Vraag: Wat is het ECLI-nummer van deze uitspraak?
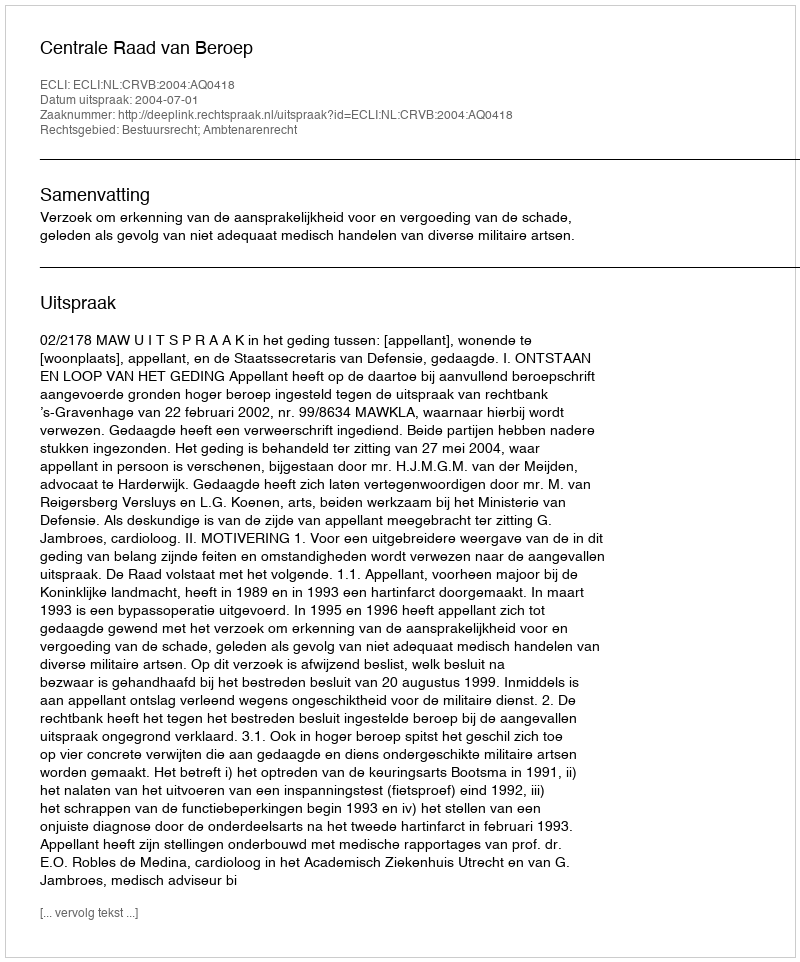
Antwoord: ECLI:NL:CRVB:2004:AQ0418